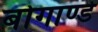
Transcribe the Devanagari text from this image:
बोगाण्डे